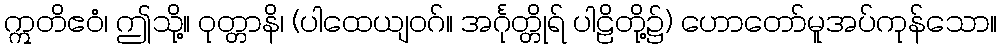
ဣတိဧဝံ၊ ဤသို့။ ဝုတ္တာနိ၊ (ပါထေယျဝဂ်။ အင်္ဂုတ္တိုရ် ပါဠိတို့၌) ဟောတော်မူအပ်ကုန်သော။